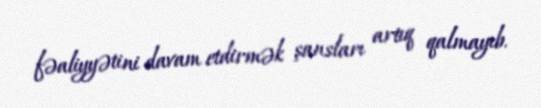
fəaliyyətini davam etdirmək şansları artıq qalmayıb.